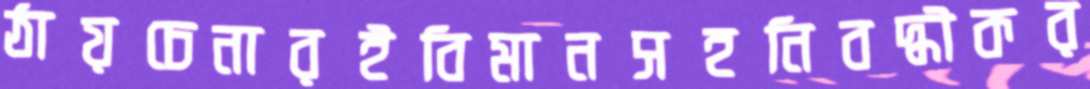
ঠায়চেনারইবিমানসহনিবদ্ধীকর